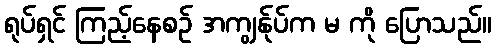
ရုပ်ရှင် ကြည့်နေစဉ် အကျွန်ုပ်က မ ကို ပြောသည်။